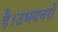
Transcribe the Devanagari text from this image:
है।उभयचरों